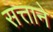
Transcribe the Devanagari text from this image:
सत्ताने